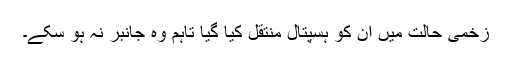
زخمی حالت میں ان کو ہسپتال منتقل کیا گیا تاہم وہ جانبر نہ ہو سکے۔